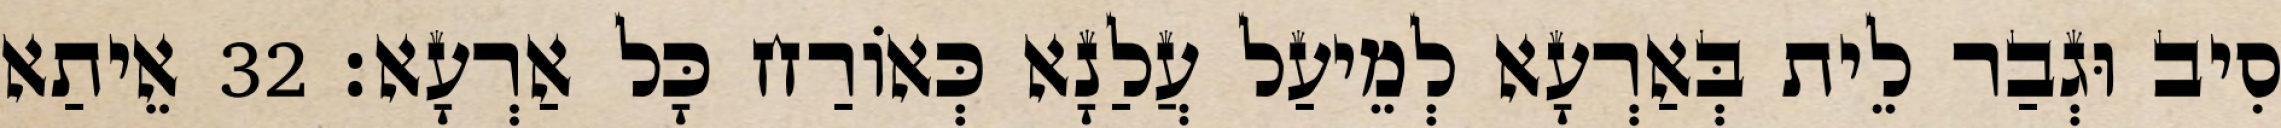
סִיב וּגְבַר לֵית בְּאַרְעָא לְמֵיעַל עֲלַנָא כְּאוֹרַח כָּל אַרְעָא׃ 32 אֵיתַא